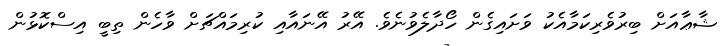
ޝާޢާއަށް ބިރުވެރިކަމާއެކު ވަށައިގެން ހޯދާލެވުނެވެ. އޭރު އޭނައާއި ކުރިމައްޗަށް ވާހެން ތިބީ އިސްކޮޅުން